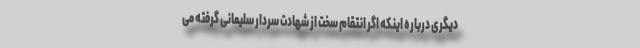
دیگری درباره اینکه اگر انتقام سخت از شهادت سردار سلیمانی گرفته می